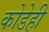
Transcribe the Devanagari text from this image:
कोडेही